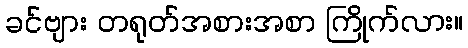
ခင်ဗျား တရုတ်အစားအစာ ကြိုက်လား။